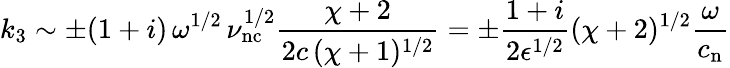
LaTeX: k_{3}\sim\pm(1+i)\, \omega^{1/2}\, \nu_{\mathrm{nc}}^{1/2}\frac{\chi+2}{2c\, (\chi+1)^{1/2}}=\pm\frac{1+i}{2\epsilon^{1/2}}(\chi+2)^{1/2}\frac{\omega}{c_{\mathrm{n}}}